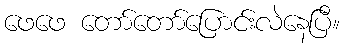
ဖေဖေ တော်တော်ပြောင်းလဲနေပြီ။